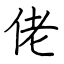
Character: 佬